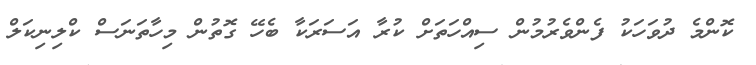
ކޮންމެ ދުވަހަކު ފެންވެރުމުން ސިއްހަތަށް ކުރާ އަސަރަކާ ބެހޭ ގޮތުން މިހާތަނަސް ކްލިނިކަލް